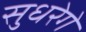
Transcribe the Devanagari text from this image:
सुधरेगे